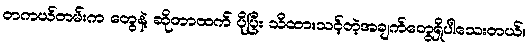
တကယ်တမ်းက တွေနဲ့ ဆိုတာထက် ပိုပြီး သိထားသင့်တဲ့အချက်တွေရှိပါသေးတယ်။